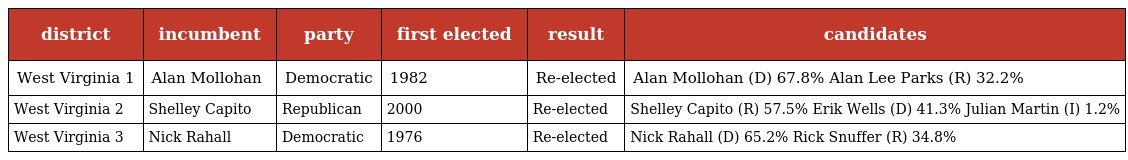
| district | incumbent | party | first elected | result | candidates |
 | --- | --- | --- | --- | --- | --- |
 | West Virginia 1 | Alan Mollohan | Democratic | 1982 | Re-elected | Alan Mollohan (D) 67.8% Alan Lee Parks (R) 32.2% |
 | West Virginia 2 | Shelley Capito | Republican | 2000 | Re-elected | Shelley Capito (R) 57.5% Erik Wells (D) 41.3% Julian Martin (I) 1.2% |
 | West Virginia 3 | Nick Rahall | Democratic | 1976 | Re-elected | Nick Rahall (D) 65.2% Rick Snuffer (R) 34.8% |